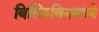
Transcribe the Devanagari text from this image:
बिलिरुबिनमध्ये